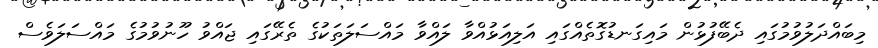
މިބައްދަލުވުމުގައި ދެބޭފުޅުން މައިގަނޑުގޮތެއްގައި އަލިއަޅުއްވާ ލައްވާ މައްސަލަތަކުގެ ތެރޭގައި ޖައްވު ހޫނުވުމުގެ މައްސަލަވެސް